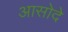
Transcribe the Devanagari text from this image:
आसोदे